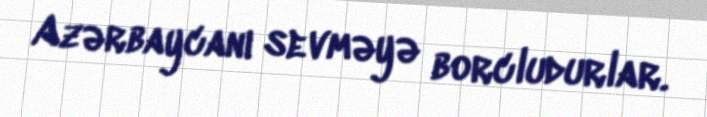
Azərbaycanı sevməyə borcludurlar.